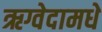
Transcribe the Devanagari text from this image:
ऋग्वेदामधे